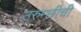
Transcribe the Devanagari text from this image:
उरुम्छीची